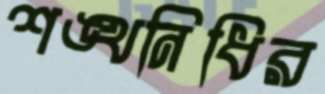
শঙ্খনিধির